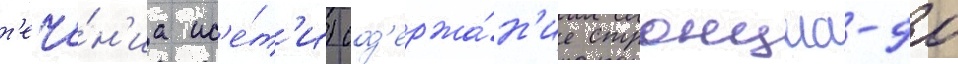
т'ече́н'иа ис'е́т'и) сод'ержа́н'ие стронциа-90